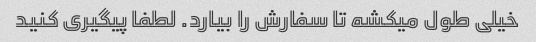
خیلی طول میکشه تا سفارش را بیارد. لطفا پیگیری کنید